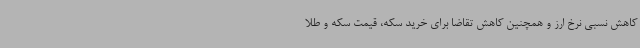
کاهش نسبی نرخ ارز و همچنین کاهش تقاضا برای خرید سکه، قیمت سکه و طلا